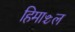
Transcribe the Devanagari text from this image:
हिमाञ्चल